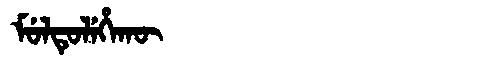
Manchu: ᠮᡠᠯᡨᡠᠯᡝᡥᠠᡴᡡ
Romanization: MULTULEHAKŪ